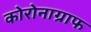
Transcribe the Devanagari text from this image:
कोरोनाग्राफ